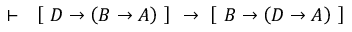
\vdash \ \ \left[ \ D \rightarrow \left( B \rightarrow A \right) \ \right] \ \rightarrow \ \left[ \ B \rightarrow \left( D \rightarrow A \right) \ \right]